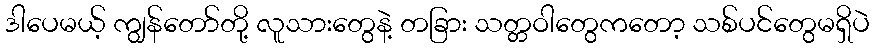
ဒါပေမယ့် ကျွန်တော်တို့ လူသားတွေနဲ့ တခြား သတ္တဝါတွေကတော့ သစ်ပင်တွေမရှိပဲ